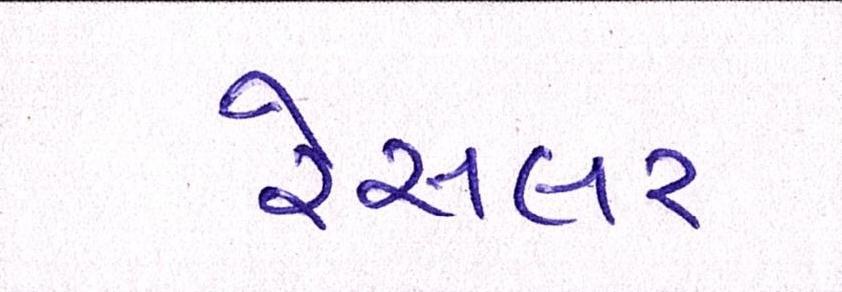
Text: રેસલર